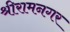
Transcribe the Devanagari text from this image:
श्रीरामनगर